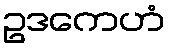
ဥဒကေဟံ